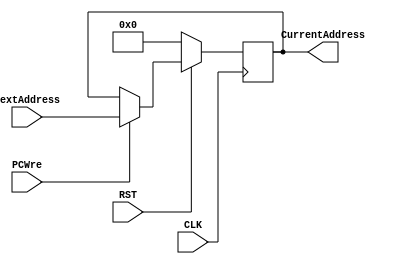
`timescale 1ns / 1ps
//////////////////////////////////////////////////////////////////////////////////
// Company: 
// Engineer: 
// 
// Design Name: 
// Module Name: PC
// Project Name: 
// Target Devices: 
// Tool Versions: 
// Description: 
// 
// Dependencies: 
// 
// Revision:
// Revision 0.01 - File Created
// Additional Comments:
// 
//////////////////////////////////////////////////////////////////////////////////


module PC(
PCWre, NextAddress, CLK, RST, CurrentAddress
);
    
    input  PCWre;
    input wire [31:0]NextAddress;
    input  CLK;
    input  RST;
    output reg [31:0] CurrentAddress;
    
     //
       always@(posedge CLK)begin
           if(RST == 0)begin  //
               CurrentAddress = 0;
           end
           else if(!PCWre)begin  //
               CurrentAddress = CurrentAddress;
           end
           else if(PCWre)begin   //
               CurrentAddress = NextAddress;
           end
       end
endmodule